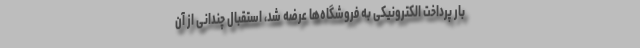
بار پرداخت الکترونیکی به فروشگاه‌ها عرضه شد، استقبال چندانی از آن